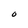
Character: 0